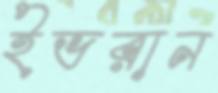
ইভরান